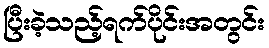
ပြီးခဲ့သည့်ရက်ပိုင်းအတွင်း